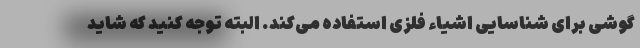
گوشی برای شناسایی اشیاء فلزی استفاده می‌کند. البته توجه کنید که شاید